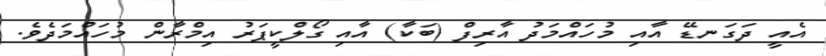
އެއީ ދަގަނޑޭ އާއި މުހައްމަދު އާރިފް (ބަކާ) އާއި ގޯލްކީޕަރު އިމްރާން މުހައްމަދެވެ.